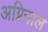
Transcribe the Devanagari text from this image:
अग्निनाल